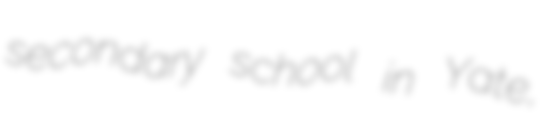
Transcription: secondary school in Yate,